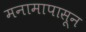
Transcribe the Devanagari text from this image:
मनामापासून